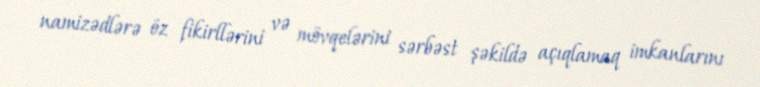
namizədlərə öz fikirllərini və mövqelərini sərbəst şəkildə açıqlamaq imkanlarını